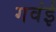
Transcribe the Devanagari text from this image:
गवंई